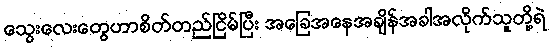
သွေးလေးတွေဟာစိတ်တည်ငြိမ်ပြီး အခြေအနေအချိန်အခါအလိုက်သူတို့ရဲ